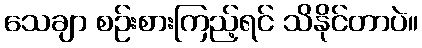
သေချာ စဉ်းစားကြည့်ရင် သိနိုင်တာပဲ။